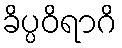
ခိပ္ပဝိရာဂိ